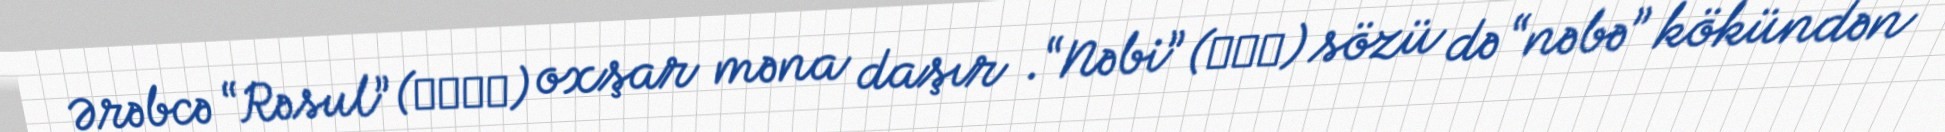
Ərəbcə “Rəsul” (رسول) oxşar məna daşır .“Nəbi” (نبي) sözü də “nəbə” kökündən